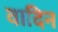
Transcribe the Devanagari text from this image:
वादिन